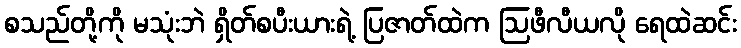
စသည်တို့ကို မသုံးဘဲ ရှိတ်စပီးယားရဲ့ ပြဇာတ်ထဲက ဩဖီလီယလို ရေထဲဆင်း